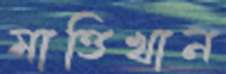
মাত্তিখান